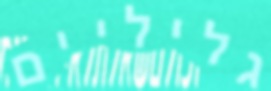
גליליים